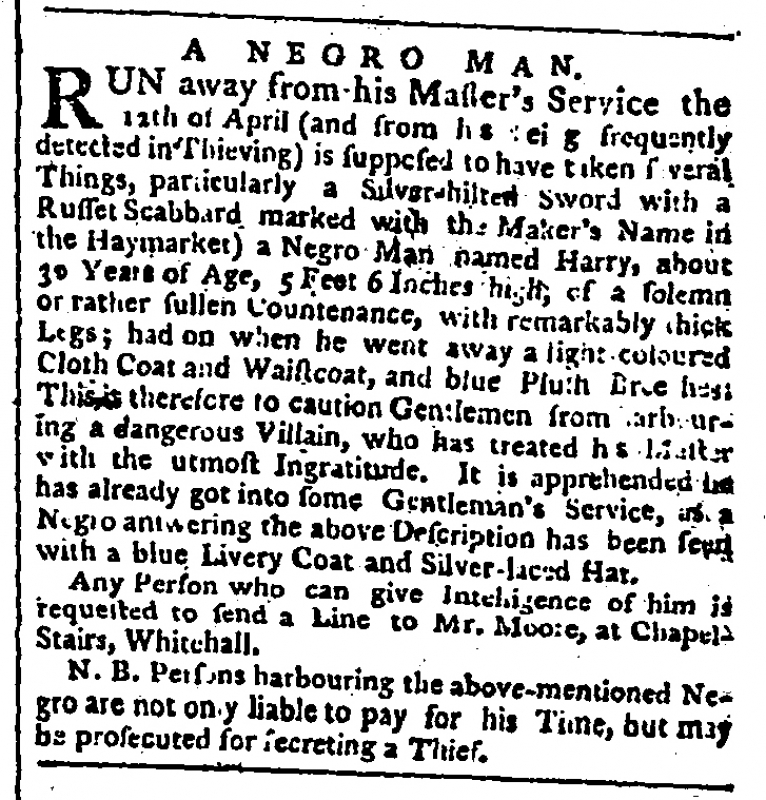
Public Advertiser, 14 May 1771 (England)
        A     N  E G R O    M A N.RUN away from his Master’s Service the 12th of April (and from his being frequently detected in Thieving) is supposed to have taken several Things, particularly a Silver-hilted Sword with a Russet Scabbard marked with the Maker’s Name in the Haymarket) a Negro Man named Harry, about 30 Years of Age, 5 Feet 6 Inches high, of a solemn or rather sullen Countenance, with remarkably thick Legs; had on when he went away a light coloured Cloth Coat and Waistcoat, and blue Plush Breeches: This is therefore to caution Gentleman from harbouring a dangerous Villain, who has treated his Master with the utmost Ingratitude. It is apprehended he has already got into some Gentleman’s Service, as a Negro answering the above Description has been seen with a blue Livery Coat and Silver-laced Hat.  Any Person who can give Intelligence of him is requested to send a Line to Mr. Moore, at Chapel-Stairs, Whitehall.   N.B. Persons harbouring the above-mentioned Negro are not only liable to pay for his Time, but may be prosecuted for secreting a Thief.